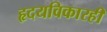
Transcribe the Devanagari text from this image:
हृदयविकारही